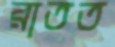
রাতত